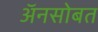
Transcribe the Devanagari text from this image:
अॅनसोबत